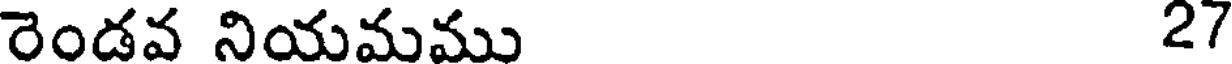
రెండవ నియమము 27